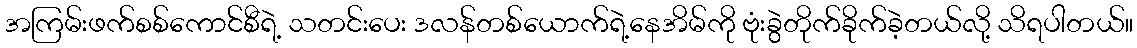
အကြမ်းဖက်စစ်ကောင်စီရဲ့ သတင်းပေး ဒလန်တစ်ယောက်ရဲ့နေအိမ်ကို ဗုံးခွဲတိုက်ခိုက်ခဲ့တယ်လို့ သိရပါတယ်။